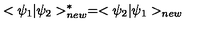
< \psi _ { 1 } | \psi _ { 2 } > _ { n e w } ^ { * } = < \psi _ { 2 } | \psi _ { 1 } > _ { n e w }